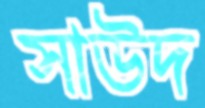
সাউদ